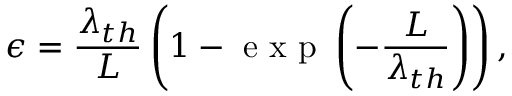
\epsilon = \frac { \lambda _ { t h } } { L } \left( 1 - \mathrm { ~ e ~ x ~ p ~ } \left( - \frac { L } { \lambda _ { t h } } \right) \right) ,